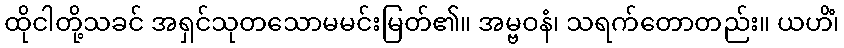
ထိုငါတို့သခင် အရှင်သုတသောမမင်းမြတ်၏။ အမ္ဗဝနံ၊ သရက်တောတည်း။ ယဟိံ၊